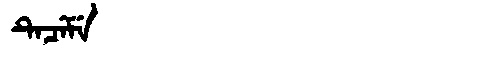
Manchu: ᡨᡝᠴᡝᠮᡝ
Romanization: TECEME